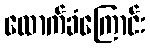
ထောက်ခံကြောင်း